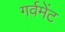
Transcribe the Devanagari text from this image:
गर्वमेंट